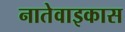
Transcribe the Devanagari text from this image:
नातेवाइकास